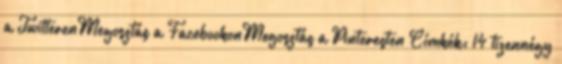
a TwitterenMegosztás a FacebookonMegosztás a Pinteresten Címkék: 14 tizennégy